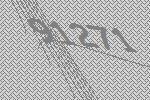
91271